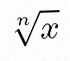
\sqrt[n]{x}